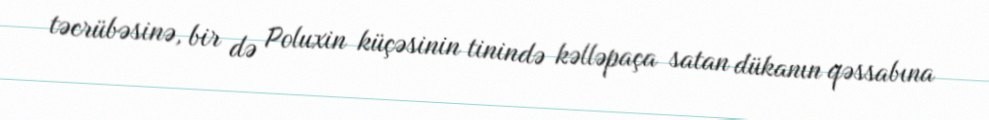
təcrübəsinə, bir də Poluxin küçəsinin tinində kəlləpaça satan dükanın qəssabına